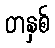
တနှစ်